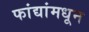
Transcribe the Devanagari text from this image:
फांद्यांमधून